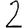
Digit: 2